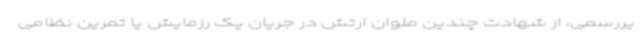
یررسمی، از شهادت چندین ملوان ارتش در جریان یک رزمایش یا تمرین نظامی